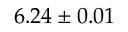
6 . 2 4 \pm 0 . 0 1